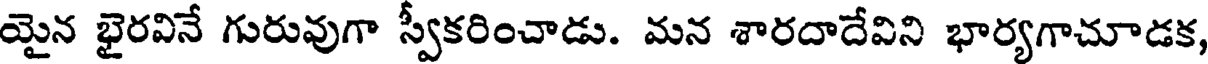
యైన భైరవినే గురువుగా స్వీకరించాడు. మన శారదాదేవిని భార్యగాచూడక,